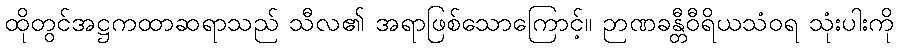
ထိုတွင်အဋ္ဌကထာဆရာသည် သီလ၏ အရာဖြစ်သောကြောင့်။ ဉာဏခန္တီဝီရိယသံဝရ သုံးပါးကို